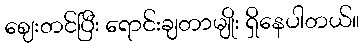
ဈေးတင်ပြီး ရောင်းချတာမျိုး ရှိနေပါတယ်။